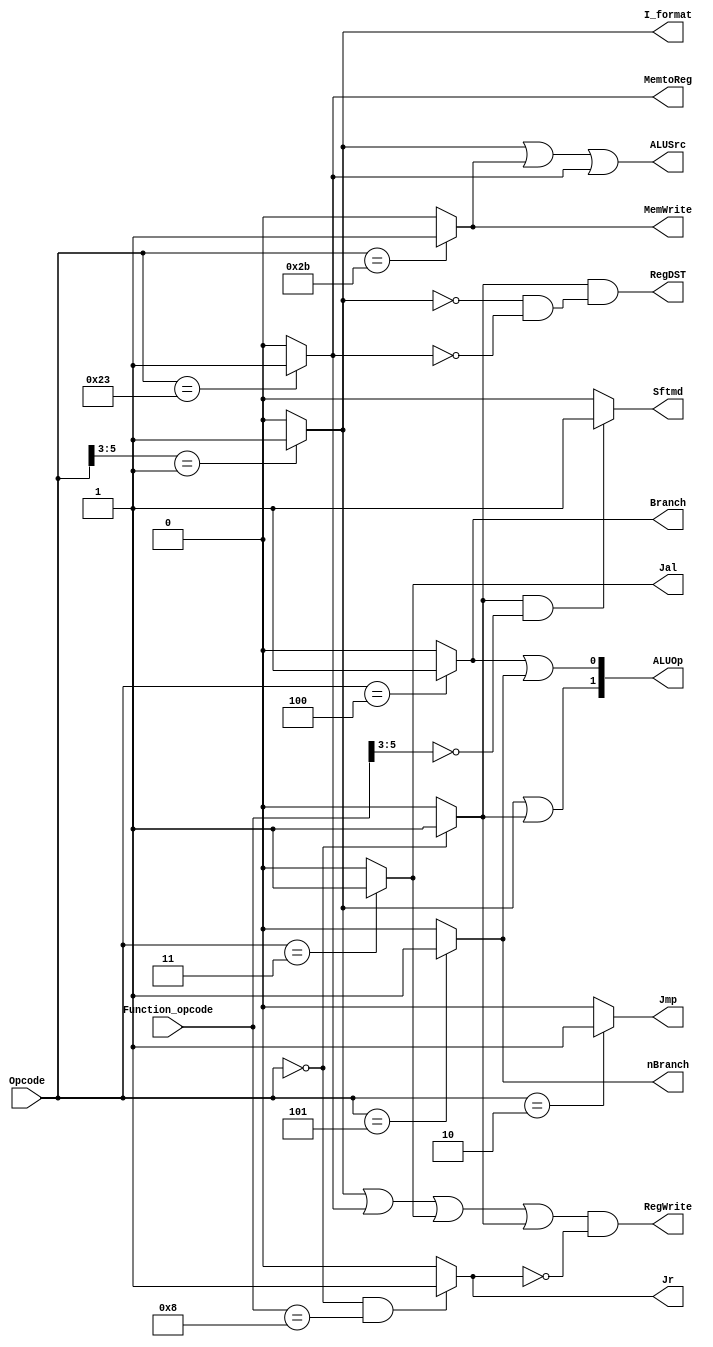
module control32(
input[5:0] Opcode,
input[5:0] Function_opcode,
output Jr,//done
output RegDST,//to decoder------
output ALUSrc,
output MemtoReg,//to decoder-------done
output RegWrite,//done
output MemWrite,//done
output Branch,//done
output nBranch,//done
output Jmp,//done
output Jal,//done
output I_format, //done
output Sftmd,//done 
output [1:0] ALUOp
);

wire R_format;
assign R_format = (Opcode[5:0] == 6'b000000) ? 1'b1 : 1'b0;//ok

assign I_format = (Opcode[5:3] == 3'b001) ? 1'b1 : 1'b0;//ok

assign Branch = (Opcode[5:0] == 6'b000100) ? 1'b1 : 1'b0;//ok
assign nBranch = (Opcode[5:0] == 6'b000101) ? 1'b1 : 1'b0;//ok

assign Jmp = (Opcode[5:0] == 6'b000010) ? 1'b1 : 1'b0;//ok
assign Jal = (Opcode[5:0] == 6'b000011) ? 1'b1 : 1'b0;//ok
assign Jr = (Opcode == 6'b0000_00 && Function_opcode == 6'b0010_00) ? 1'b1 : 1'b0;//ok

assign Sftmd = (R_format && Function_opcode[5:3] == 3'b000) ? 1'b1 : 1'b0;//ok

assign MemWrite = (Opcode[5:0] == 6'b101011) ? 1'b1 : 1'b0;// for sw
assign MemtoReg = (Opcode[5:0] == 6'b100011) ? 1'b1 : 1'b0;//for lw
assign RegWrite = (I_format || MemtoReg || Jal || R_format ) && ~Jr;
assign RegDST = R_format && (~I_format && ~MemtoReg);

assign ALUSrc = (I_format || MemWrite || MemtoReg);//I type, lw or sw
assign ALUOp = {(I_format || R_format), (Branch || nBranch)};

endmodule